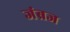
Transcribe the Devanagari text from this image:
जंब्रज